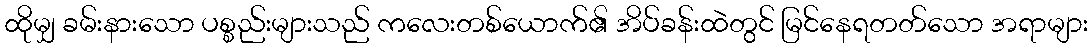
ထိုမျှ ခမ်းနားသော ပစ္စည်းများသည် ကလေးတစ်ယောက်၏ အိပ်ခန်းထဲတွင် မြင်နေရတတ်သော အရာများ